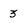
Character: 3